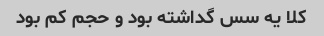
کلا یه سس گداشته بود و حجم کم بود